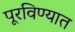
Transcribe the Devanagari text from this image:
पूरविण्यात